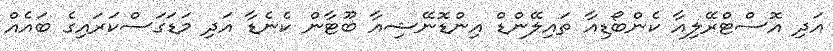
އަދި އޮސްޓްރޭލިއާ ކެންބޯޑިއާ ތައިލޭންޑް އިންޑޮނޭޝިއާ ބޫޓާން ކެނެޑާ އަދި މަޑަގަސްކަރައިގެ ބައެއް